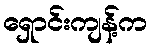
ရှောင်းကျန့်က